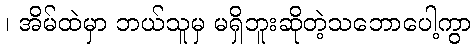
၊ အိမ်ထဲမှာ ဘယ်သူမှ မရှိဘူးဆိုတဲ့သဘောပေါ့ကွာ